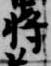
将